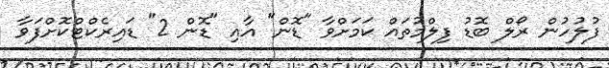
ފުލުހުން ރޯލް ބޮޑު ފިލްމުތައް ކަމަށްވާ "ޑޮން" އާއި "ޑޮން 2" ޑައިރެކްޓްކޮށްފަވާ